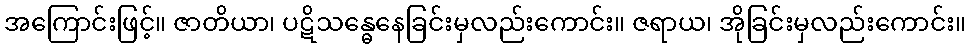
အကြောင်းဖြင့်။ ဇာတိယာ၊ ပဋိသန္ဓေနေခြင်းမှလည်းကောင်း။ ဇရာယ၊ အိုခြင်းမှလည်းကောင်း။